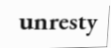
unresty